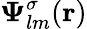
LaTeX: \boldsymbol{\Psi}_{lm}^{\sigma}({\mathbf r})